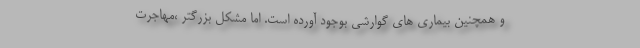
و همچنین بیماری های گوارشی بوجود آورده است. اما مشکل بزرگتر ،مهاجرت